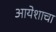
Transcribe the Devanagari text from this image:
आयेशाचा